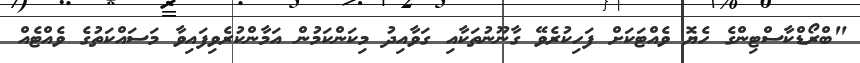
"ބްރޯޑްކާސްޓިންގެ ހެޔޮ ވެއްޓަކަށް ފަހިކުރެވޭ ގާނޫނުތަކާއި ގަވާއިދު މިކަންކަމުން އަމާންކުރެވިފައިވާ މަސައްކަތުގެ ވެއްޓެއް